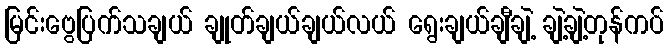
မြင်းဗွေပြက်သချယ် ချုတ်ချယ်ချယ်လယ် ရွေးချယ်ချီချဲ့ ချဲ့ချဲ့တုန်ကပ်